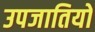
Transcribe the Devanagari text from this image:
उपजातियो